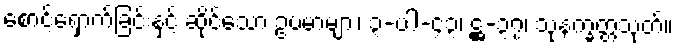
စောင့်ရှောက်ခြင်းနှင့် ဆိုင်သော ဥပမာများ၊ ၃-ပါ-၄၃၊ ဋ္ဌ-၃၇၊ သုနက္ခတ္တသုတ်။